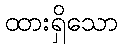
ထားရှိသော